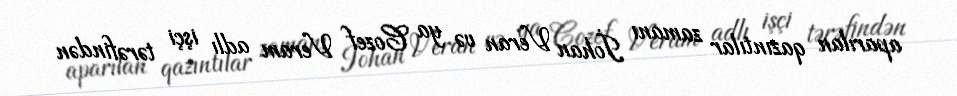
aparılan qazıntılar zamanı İohan Veran və ya Cozef Veram adlı işçi tərəfindən